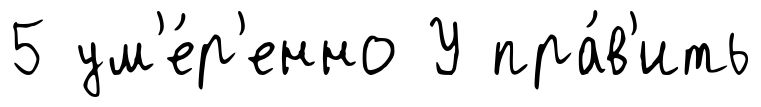
5 ум'е́р'енно У пра́в'ить